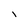
Character: 1